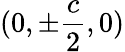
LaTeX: (0,\pm\frac{c}{2},0)